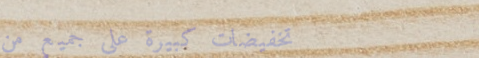
تخفيضات كبيرة على جميع من